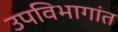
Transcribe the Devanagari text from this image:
उपविभागांत